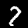
Digit: 7